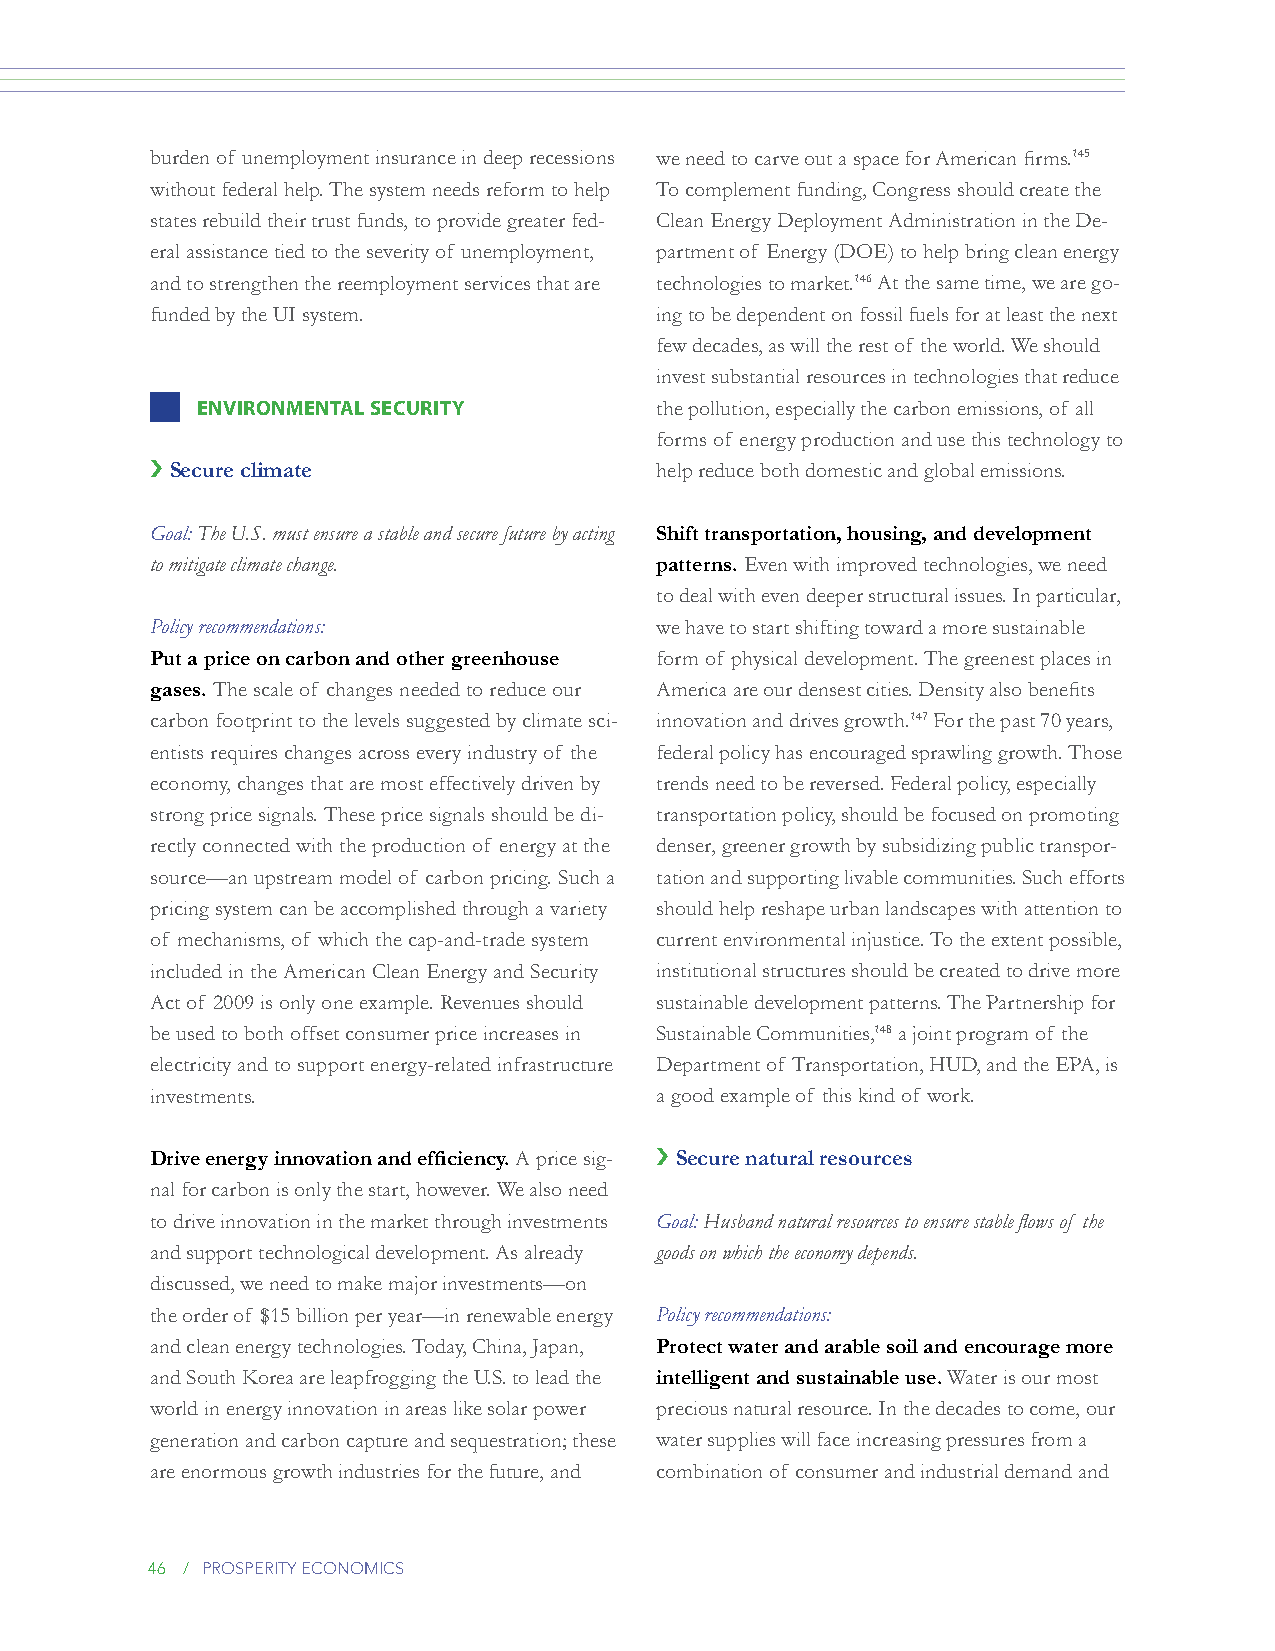
burden of unemployment insurance in deep recessions we need to carve out a space for American firms.145
 without federal help. The system needs reform to help To complement funding, Congress should create the
 states rebuild their trust funds, to provide greater fed- Clean Energy Deployment Administration in the De-
 eral assistance tied to the severity of unemployment, partment of Energy (DOE) to help bring clean energy
 and to strengthen the reemployment services that are technologies to market.146 At the same time, we are go-
 funded by the UI system.         ing to be dependent on fossil fuels for at least the next
 few decades, as will the rest of the world. We should
 invest substantial resources in technologies that reduce
 ENviRONmENTAl sECuRiTy        the pollution, especially the carbon emissions, of all
 forms of energy production and use this technology to
 › Secure climate                 help reduce both domestic and global emissions.
 Goal: The U.S. must ensure a stable and secure future by acting Shift transportation, housing, and development
 to mitigate climate change.      patterns. Even with improved technologies, we need
 to deal with even deeper structural issues. In particular,
 Policy recommendations:          we have to start shifting toward a more sustainable
 Put a price on carbon and other greenhouse form of physical development. The greenest places in
 gases. The scale of changes needed to reduce our America are our densest cities. Density also benefits
 carbon footprint to the levels suggested by climate sci- innovation and drives growth.147 For the past 70 years,
 entists requires changes across every industry of the federal policy has encouraged sprawling growth. Those
 economy, changes that are most effectively driven by trends need to be reversed. Federal policy, especially
 strong price signals. These price signals should be di- transportation policy, should be focused on promoting
 rectly connected with the production of energy at the denser, greener growth by subsidizing public transpor-
 source—an upstream model of carbon pricing. Such a tation and supporting livable communities. Such efforts
 pricing system can be accomplished through a variety should help reshape urban landscapes with attention to
 of mechanisms, of which the cap-and-trade system current environmental injustice. To the extent possible,
 included in the American Clean Energy and Security institutional structures should be created to drive more
 Act of 2009 is only one example. Revenues should sustainable development patterns. The Partnership for
 be used to both offset consumer price increases in Sustainable Communities,148 a joint program of the
 electricity and to support energy-related infrastructure Department of Transportation, HUD, and the EPA, is
 investments.                     a good example of this kind of work.
 Drive energy innovation and efficiency. A price sig- › Secure natural resources
 nal for carbon is only the start, however. We also need
 to drive innovation in the market through investments Goal: Husband natural resources to ensure stable flows of the
 and support technological development. As already goods on which the economy depends.
 discussed, we need to make major investments—on
 the order of $15 billion per year—in renewable energy Policy recommendations:
 and clean energy technologies. Today, China, Japan, Protect water and arable soil and encourage more
 and South Korea are leapfrogging the U.S. to lead the intelligent and sustainable use. Water is our most
 world in energy innovation in areas like solar power precious natural resource. In the decades to come, our
 generation and carbon capture and sequestration; these water supplies will face increasing pressures from a
 are enormous growth industries for the future, and combination of consumer and industrial demand and
 46 / prosperity economics